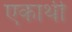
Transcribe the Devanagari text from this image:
एकार्थी